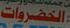
الخضروات